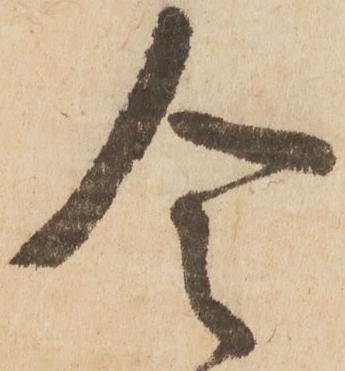
令